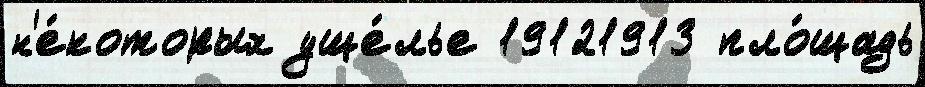
н'е́которых уще́лье 19121913 пло́щадь